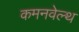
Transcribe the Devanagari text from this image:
कमनवेल्थ